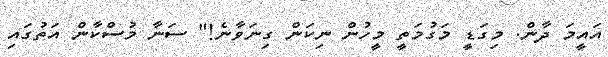
އައީމަ ދާން. މިގަޑީ މަގުމަތީ މީހުން ނިކަން ގިނަވާނެ!" ސަނާ މުސްކާން އަތުގައި